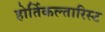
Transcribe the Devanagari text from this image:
होर्तिकल्तारिस्ट